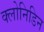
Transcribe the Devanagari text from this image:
क्लोनिडिन